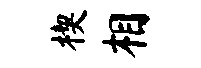
楔相